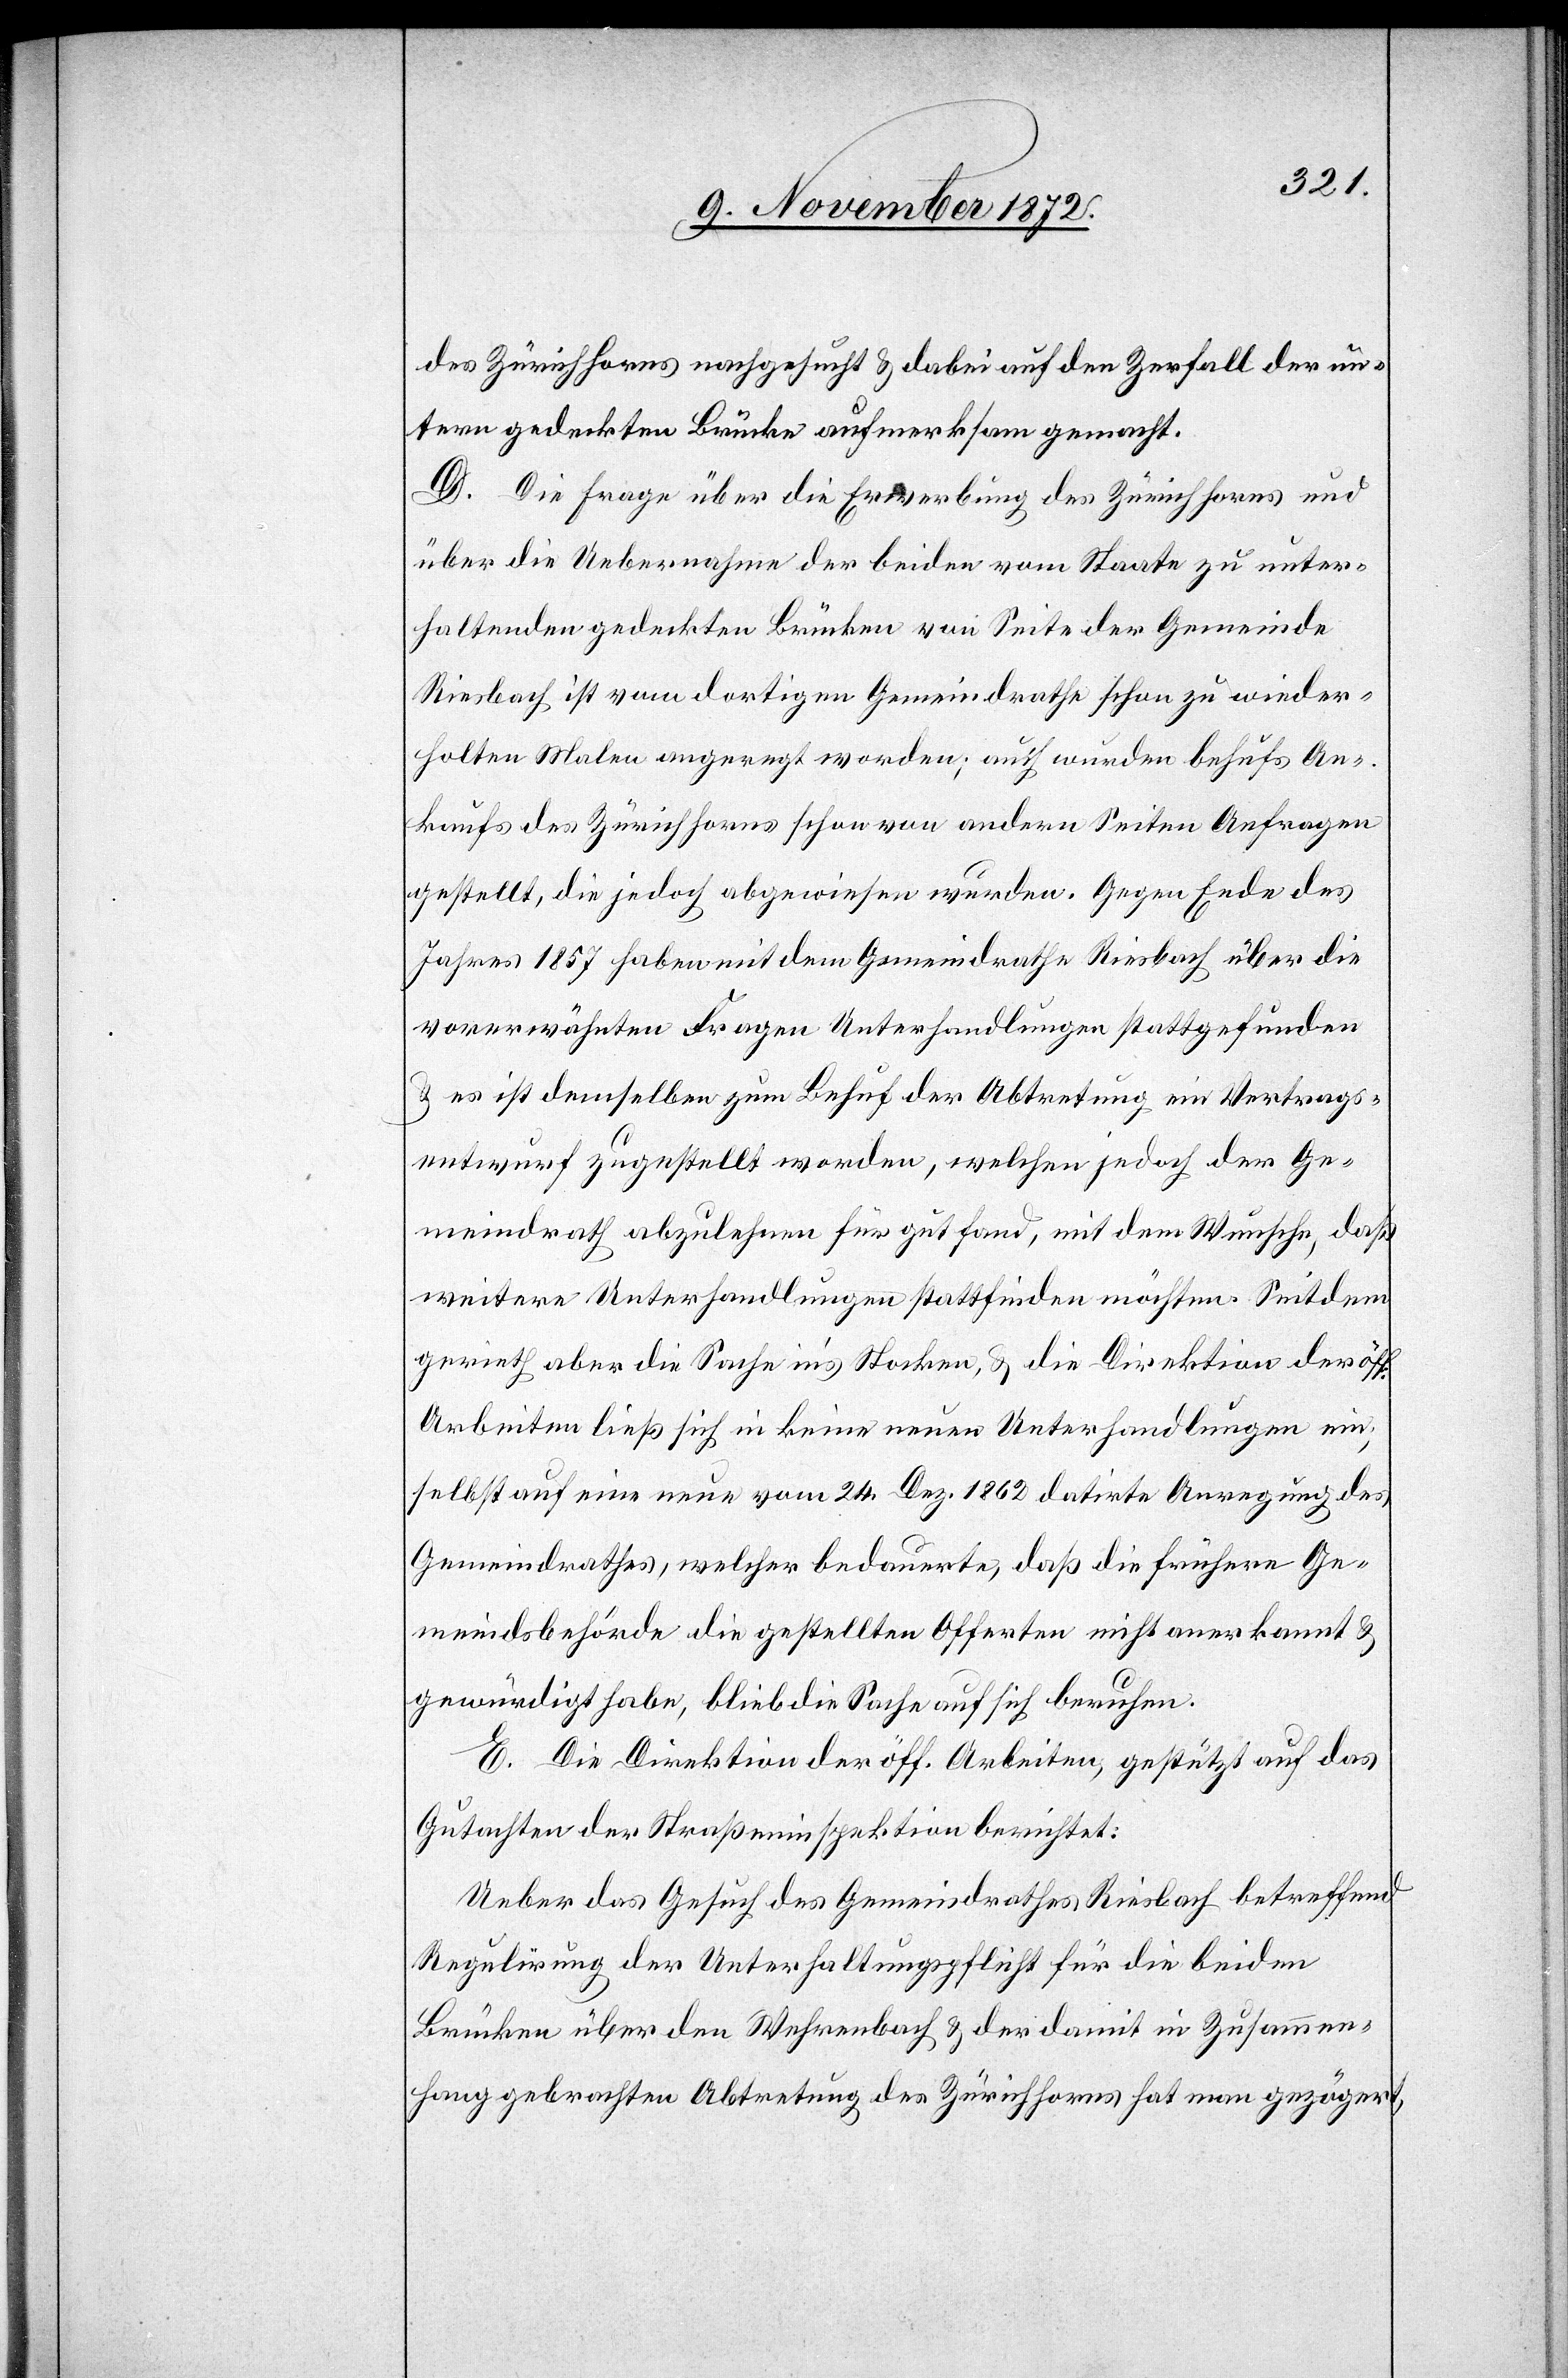
des Zürichhorns nachgesucht u. dabei auf den Zerfall der un¬
tern gedeckten Brücke aufmerksam gemacht.
D. Die Frage über die Erwerbung des Zürichhorns und
über die Uebernahme der beiden vom Staate zu unter¬
haltenden gedeckten Brücken von Seite der Gemeinde
Riesbach ist vom dortigen Gemeindrathe schon zu wieder¬
holten Malen angeregt worden; auch wurden behufs An¬
kaufs des Zürichhorns schon von andern Seiten Anfragen
gestellt, die jedoch abgewiesen wurden. Gegen Ende des
Jahres 1857 haben mit dem Gemeindrathe Riesbach über die
vorerwähnten Fragen Unterhandlungen stattgefunden
u. es ist demselben zum Behuf der Abtretung ein Vertrags¬
entwurf zugestellt worden, welchen jedoch der Ge¬
meindrath abzulehnen für gut fand, mit dem Wunsche, daß
weitere Unterhandlungen stattfinden möchten. Seitdem
gerieth aber die Sache in’s Stocken, u. die Direktion der öff.
Arbeiten ließ sich in keine neuen Unterhandlungen ein;
selbst auf eine neue vom 24. Dez. 1862 datirte Anregung des
Gemeindrathes, welcher bedauerte, daß die frühere Ge¬
meindsbehörde die gestellten Offerten nicht anerkannt u.
gewürdigt habe, blieb die Sache auf sich beruhen.
E. Die Direktion der öff. Arbeiten, gestützt auf das
Gutachten der Straßeninspektion berichtet:
Ueber das Gesuch des Gemeindrathes Riesbach betreffend
Regulirung der Unterhaltungspflicht für die beiden
Brücken über den Wehrenbach u. der damit in Zusammen¬
hang gebrachten Abtretung des Zürichhorns hat man gezögert,